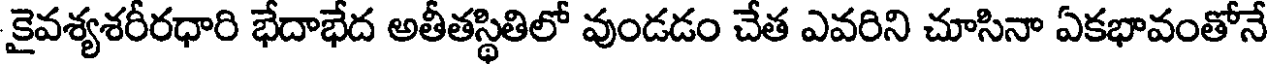
కైవశ్యశరీరధారి భేదాభేద అతీతస్థితిలో వుండడం చేత ఎవరిని చూసినా ఏకభావంతోనే